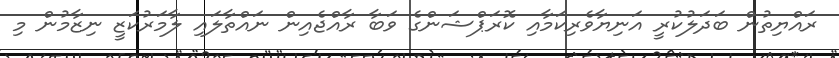
ރައްޔިތުން ބަދަލުކުރީ އަނިޔާވެރިކަމާއި ކޮރަޕްޝަންގެ ވަބާ ރާއްޖެއިން ނައްތާލައި ލާމަރުކަޒީ ނިޒާމުން މި